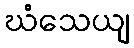
ဃံသေယျ